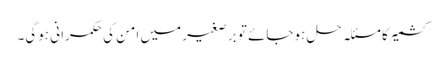
کشمیر کا مسئلہ حل ہوجائے تو بر صغیر میں امن کی حکمرانی ہوگی۔